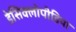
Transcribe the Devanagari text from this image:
डेसिक्लोपीडिया